Lunatic asylums Burma 1907-21 - 1907-1921
Year: 1907
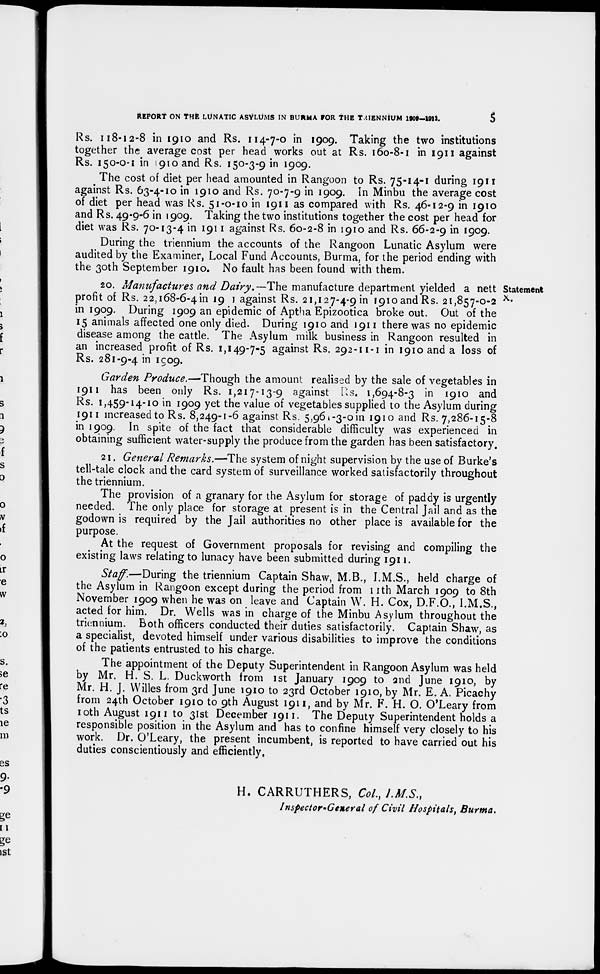
REPORT ON THE LUNATIC ASYLUMS IN BURMA FOR THE TRIENNIUM 1909—1911.
5
Rs. 118-12-8 in 1910 and Rs. 114-7-0 in 1909. Taking the two institutions
together the average cost per head works out at Rs. 160-8-1 in 1911 against
Rs. 150-0-1 in 1910 and Rs. 150-3-9 in 1909.
The cost of diet per head amounted in Rangoon to Rs. 75-14-1 during 1911
against Rs. 63-4-10 in 1910 and Rs. 70-7-9 in 1909. In Minbu the average cost
of diet per head was Rs. 51-0-10 in 1911 as compared with Rs. 46-12-9 in 1910
and Rs. 49-9-6 in 1909. Taking the two institutions together the cost per head for
diet was Rs. 70-13-4 in 1911 against Rs. 60-2-8 in 1910 and Rs. 66-2-9 in 1909.
During the triennium the accounts of the Rangoon Lunatic Asylum were
audited by the Examiner, Local Fund Accounts, Burma, for the period ending with
the 30th September 1910. No fault has been found with them.
Statement
X.
20. Manufactures and Dairy.—The manufacture department yielded a nett
profit of Rs. 22,168-6-4 in 19 1 against Rs. 21,127-4-9 in 1910 and Rs. 21,857-0-2
in 1909. During 1909 an epidemic of Aptha Epizootica broke out. Out of the
15 animals affected one only died. During 1910 and 1911 there was no epidemic
disease among the cattle. The Asylum milk business in Rangoon resulted in
an increased profit of Rs. 1,149-7-5 against Rs. 292-11-1 in 1910 and a loss of
Rs. 281-9-4 in 1909.
Garden Produce.—-Though the amount realised by the sale of vegetables in
1911 has been only Rs. 1,217-13-9 against Rs. 1,694-8-3 in 1910 and
Rs. 1,459-14-10 in 1909 yet the value of vegetables supplied to the Asylum during
1911 increased to Rs. 8,249-1-6 against Rs. 5,961-3-0 in 1910 and Rs. 7,286-15-8
in 1909. In spite of the fact that considerable difficulty was experienced in
obtaining sufficient water-supply the produce from the garden has been satisfactory,
21. General Remarks.—The system of night supervision by the use of Burke's
tell-tale clock and the card system of surveillance worked satisfactorily throughout
the triennium.
The provision of a granary for the Asylum for storage of paddy is urgently
needed. The only place for storage at present is in the Central Jail and as the
godown is required by the Jail authorities no other place is available for the
purpose.
At the request of Government proposals for revising and compiling the
existing laws relating to lunacy have been submitted during 1911.
Staff.—During the triennium Captain Shaw, M.B., I.M.S., held charge of
the Asylum in Rangoon except during the period from 11th March 1909 to 8th
November 1909 when he was on leave and Captain W. H. Cox, D.F.O., I.M.S.,
acted for him. Dr. Wells was in charge of the Minbu Asylum throughout the
triennium. Both officers conducted their duties satisfactorily. Captain Shaw, as
a specialist, devoted himself under various disabilities to improve the conditions
of the patients entrusted to his charge.
The appointment of the Deputy Superintendent in Rangoon Asylum was held
by Mr. H. S. L. Duckworth from 1st January 1909 to 2nd June 1910, by
Mr. H. J. Willes from 3rd June 1910 to 23rd October 1910, by Mr. E. A. Picachy
from 24th October 1910 to 9th August 1911, and by Mr. F. H. O. O'Leary from
10th August 1911 to 31st December 1911. The Deputy Superintendent holds a
responsible position in the Asylum and has to confine himself very closely to his
work. Dr. O'Leary, the present incumbent, is reported to have carried out his
duties conscientiously and efficiently.
H. CARRUTHERS, Col., I.M.S.,
Inspector-General of Civil Hospitals, Burma.